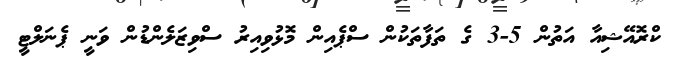
ކްރޮއޭޝިއާ އަތުން 5-3 ގެ ތަފާތަކުން ސްޕެއިން މޮޅުވިއިރު ސްވިޒަލެންޑުން ވަނީ ޕެނަލްޓީ